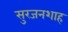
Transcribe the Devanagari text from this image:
सुरजनशाह